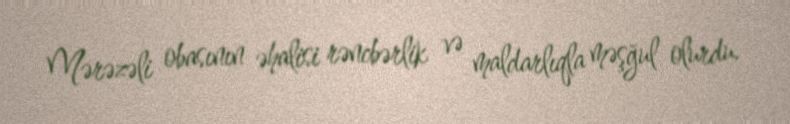
Mərəzəli obasının əhalisi rəncbərlik və maldarlıqla məşğul olurdu.